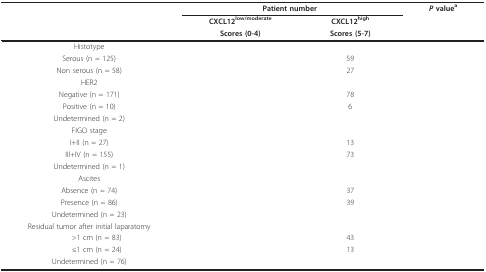
<table><thead><tr><td>[EMPTY_CELL]</td><td colspan="2"><b>Patient number</b></td><td><b><i>P </i>value<sup>a</sup></b></td></tr><tr><td>[EMPTY_CELL]</td><td><b>CXCL12<sup>low/moderate</sup></b></td><td><b>CXCL12<sup>high</sup></b></td><td>[EMPTY_CELL]</td></tr><tr><td>[EMPTY_CELL]</td><td><b>Scores (0-4)</b></td><td><b>Scores (5-7)</b></td><td>[EMPTY_CELL]</td></tr></thead><tbody><tr><td>Histotype</td><td>[EMPTY_CELL]</td><td>[EMPTY_CELL]</td><td>[EMPTY_CELL]</td></tr><tr><td>Serous (n = 125)</td><td>[EMPTY_CELL]</td><td>59</td><td>[EMPTY_CELL]</td></tr><tr><td>Non serous (n = 58)</td><td>[EMPTY_CELL]</td><td>27</td><td>[EMPTY_CELL]</td></tr><tr><td>HER2</td><td>[EMPTY_CELL]</td><td>[EMPTY_CELL]</td><td>[EMPTY_CELL]</td></tr><tr><td>Negative (n = 171)</td><td>[EMPTY_CELL]</td><td>78</td><td>[EMPTY_CELL]</td></tr><tr><td>Positive (n = 10)</td><td>[EMPTY_CELL]</td><td>6</td><td>[EMPTY_CELL]</td></tr><tr><td>Undetermined (n = 2)</td><td>[EMPTY_CELL]</td><td>[EMPTY_CELL]</td><td>[EMPTY_CELL]</td></tr><tr><td>FIGO stage</td><td>[EMPTY_CELL]</td><td>[EMPTY_CELL]</td><td>[EMPTY_CELL]</td></tr><tr><td>I+II (n = 27)</td><td>[EMPTY_CELL]</td><td>13</td><td>[EMPTY_CELL]</td></tr><tr><td>III+IV (n = 155)</td><td>[EMPTY_CELL]</td><td>73</td><td>[EMPTY_CELL]</td></tr><tr><td>Undetermined (n = 1)</td><td>[EMPTY_CELL]</td><td>[EMPTY_CELL]</td><td>[EMPTY_CELL]</td></tr><tr><td>Ascites</td><td>[EMPTY_CELL]</td><td>[EMPTY_CELL]</td><td>[EMPTY_CELL]</td></tr><tr><td>Absence (n = 74)</td><td>[EMPTY_CELL]</td><td>37</td><td>[EMPTY_CELL]</td></tr><tr><td>Presence (n = 86)</td><td>[EMPTY_CELL]</td><td>39</td><td>[EMPTY_CELL]</td></tr><tr><td>Undetermined (n = 23)</td><td>[EMPTY_CELL]</td><td>[EMPTY_CELL]</td><td>[EMPTY_CELL]</td></tr><tr><td>Residual tumor after initial laparatomy</td><td>[EMPTY_CELL]</td><td>[EMPTY_CELL]</td><td>[EMPTY_CELL]</td></tr><tr><td> &gt;1 cm (n = 83)</td><td>[EMPTY_CELL]</td><td>43</td><td>[EMPTY_CELL]</td></tr><tr><td> ≤1 cm (n = 24)</td><td>[EMPTY_CELL]</td><td>13</td><td>[EMPTY_CELL]</td></tr><tr><td>Undetermined (n = 76)</td><td>[EMPTY_CELL]</td><td>[EMPTY_CELL]</td><td>[EMPTY_CELL]</td></tr></tbody></table>